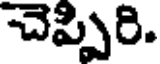
చెప్పిరి.